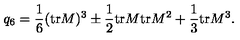
q _ { 6 } = \frac 1 6 ( \mathrm { t r } M ) ^ { 3 } \pm \frac 1 2 \mathrm { t r } M \mathrm { t r } M ^ { 2 } + \frac 1 3 \mathrm { t r } M ^ { 3 } .